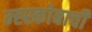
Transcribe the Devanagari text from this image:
म्ह्स्कोबाची